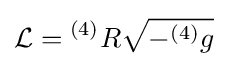
{\mathcal {L}}={^{(4)}R}{\sqrt {-^{(4)}g}}